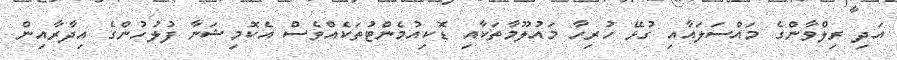
އަދި ރިލްވާންގެ މައްސަލައާއި ގުޅޭ ހުރިހާ މައުލޫމާތަކާއި ޑޮކިއުމެންޓުތަކެއްވެސް އެކޮމިޝަނާ ފުލުހުންގެ އިދާރާއިން